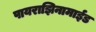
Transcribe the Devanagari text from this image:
पायराझिनामाईड